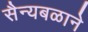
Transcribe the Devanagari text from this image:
सैन्यबळाने